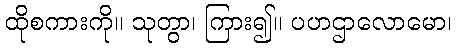
ထိုစကားကို။ သုတွာ၊ ကြား၍။ ပဟဌာလောမော၊